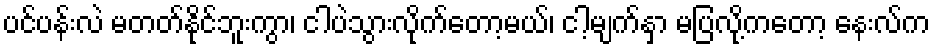
ပင်ပန်းလဲ မတတ်နိုင်ဘူးကွာ၊ ငါပဲသွားလိုက်တော့မယ်၊ ငါ့မျက်နှာ မပြလို့ကတော့ နေးလ်က